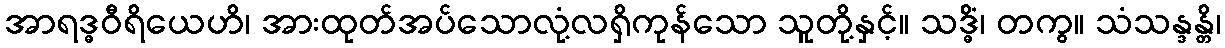
အာရဒ္ဓဝီရိယေဟိ၊ အားထုတ်အပ်သောလုံ့လရှိကုန်သော သူတို့နှင့်။ သဒ္ဓိံ၊ တကွ။ သံသန္ဒန္တိ၊